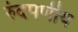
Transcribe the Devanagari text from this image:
रुंदपर्णीय